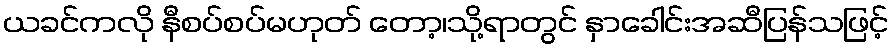
ယခင်ကလို နီစပ်စပ်မဟုတ် တော့၊သို့ရာတွင် နှာခေါင်းအဆီပြန်သဖြင့်